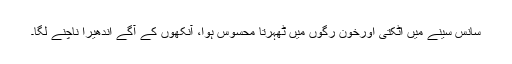
سانس سینے میں اٹکتی اورخون رگوں میں ٹھہرتا محسوس ہوا، آنکھوں کے آگے اندھیرا ناچنے لگا۔